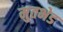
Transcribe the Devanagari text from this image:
मुतभेड